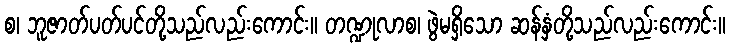
စ၊ ဘူဇာတ်ပတ်ပင်တို့သည်လည်းကောင်း။ တဏ္ဍုလာစ၊ ဖွဲမရှိသော ဆန်နှံတို့သည်လည်းကောင်း။